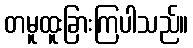
တမူထူးခြားကြပါသည်။